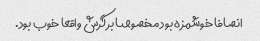
انصافا خوشمزه بود مخصوصا برگرش واقعا خوب بود.